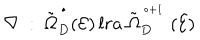
\nabla \ : \ \tilde { \Omega } _ { D } ^ { \, ^ { \bullet } } ( { \mathcal E } ) \, l r a \ \tilde { \Omega } _ { D } ^ { \, ^ { \bullet + 1 } } \ ( { \mathcal E } )